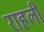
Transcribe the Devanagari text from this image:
राहली